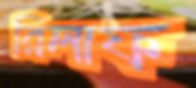
রিলাফ